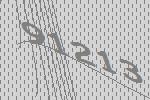
91213